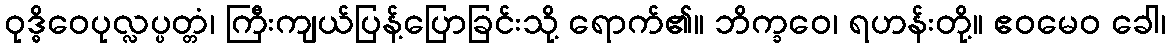
ဝုဒ္ဓိဝေပုလ္လပ္ပတ္တံ၊ ကြီးကျယ်ပြန့်ပြောခြင်းသို့ ရောက်၏။ ဘိက္ခဝေ၊ ရဟန်းတို့။ ဧဝမေဝ ခေါ၊